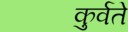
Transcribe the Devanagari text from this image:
कुर्वते